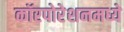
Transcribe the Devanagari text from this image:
कॉरपोरेशनमध्ये